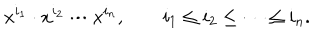
LaTeX: x ^ { i _ { 1 } } \cdot x ^ { i _ { 2 } } \cdots x ^ { i _ { n } } , \qquad i _ { 1 } \leq i _ { 2 } \leq \cdots \leq i _ { n } .